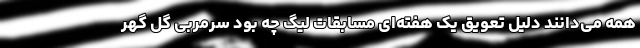
همه می‌دانند دلیل تعویق یک هفته‌ای مسابقات لیگ چه بود سرمربی گل گهر